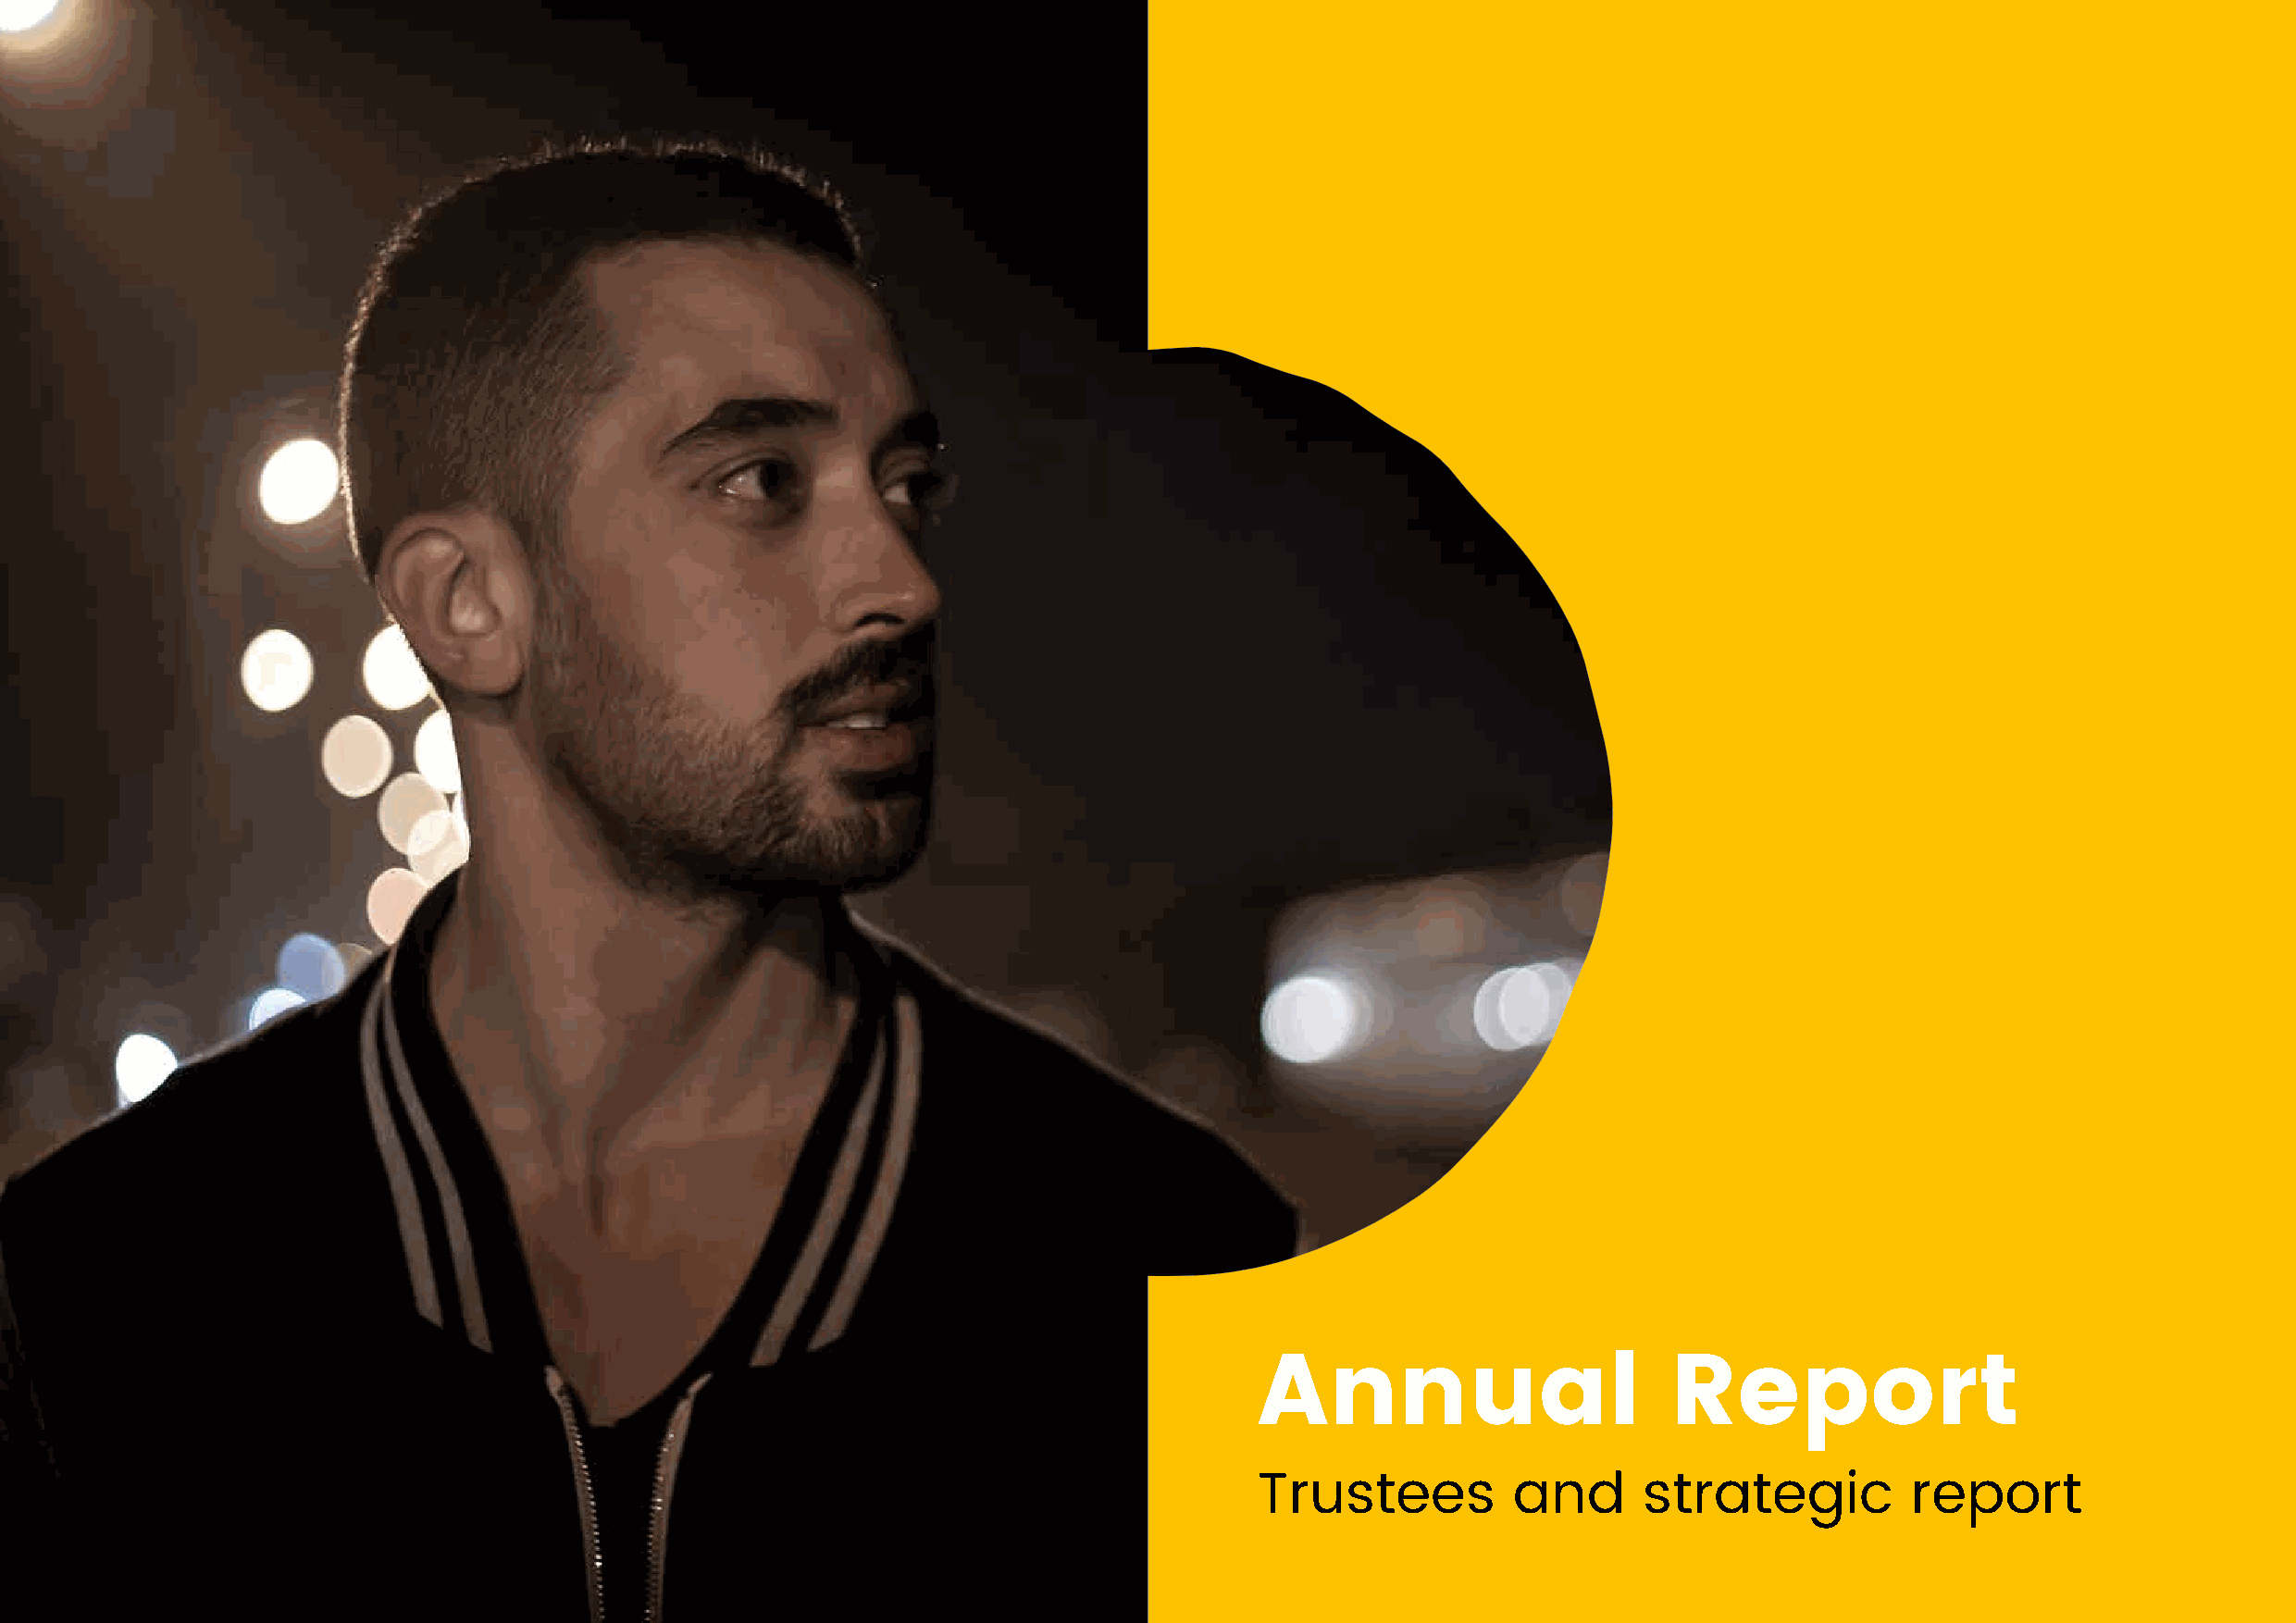
Annual                       Report
 Trustees          and      strategic           report
 International Alert | Annual Report and Accounts 2017 | Annual Report | 4